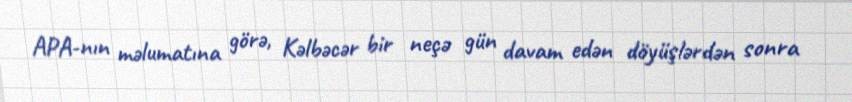
APA-nın məlumatına görə, Kəlbəcər bir neçə gün davam edən döyüşlərdən sonra